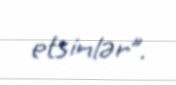
etsinlər”.